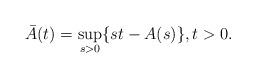
LaTeX: \begin{align*}\bar A(t)= \sup_{s>0} \{st-A(s)\}, t>0.\end{align*}